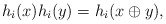
\begin{gather*}h_i(x) h_i(y) =h_i(x \oplus y),\end{gather*}